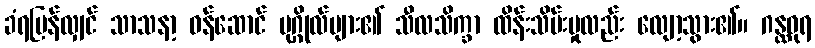
ခံရပြန်လျှင် သာသနာ့ ဝန်ဆောင် ပုဂ္ဂိုလ်များ၏ သီလသိက္ခာ ထိန်းသိမ်းမှုလည်း လျော့သွား၏။ ဂန္ထဓုရ